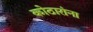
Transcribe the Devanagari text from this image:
कोठारांना